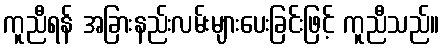
ကူညီရန် အခြားနည်းလမ်းများပေးခြင်းဖြင့် ကူညီသည်။